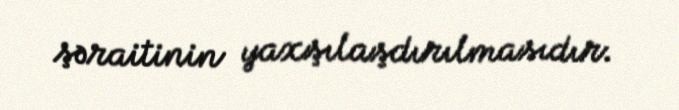
şəraitinin yaxşılaşdırılmasıdır.